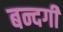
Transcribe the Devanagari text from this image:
बन्दगी